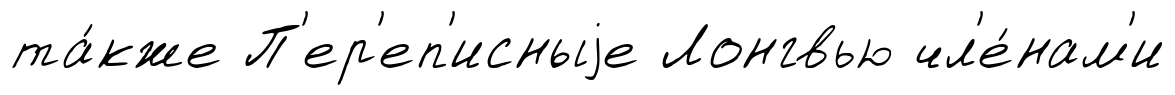
та́кже П'ер'еп'исныjе Лонгвью чл'е́нам'и